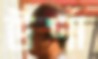
উর্ণা